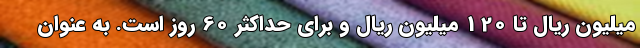
میلیون ریال تا 120 میلیون ریال و برای حداکثر 60 روز است. به عنوان